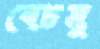
বেচমু